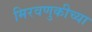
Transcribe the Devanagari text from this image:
मिरवणुकीच्या